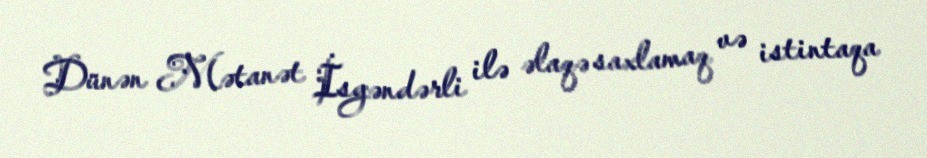
Dünən Mətanət İsgəndərli ilə əlaqə saxlamaq və istintaqa